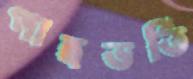
পাত্রভর্তি